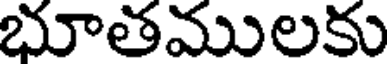
భూతములకు